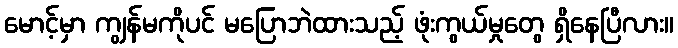
မောင့်မှာ ကျွန်မကိုပင် မပြောဘဲထားသည့် ဖုံးကွယ်မှုတွေ ရှိနေပြီလား။